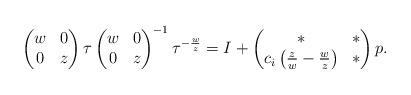
LaTeX: \begin{align*}\begin{pmatrix} w & 0 \\ 0 & z \end{pmatrix} \tau \begin{pmatrix} w & 0 \\ 0 & z \end{pmatrix}^{-1} \tau^{-\frac{w}{z}} = I + \begin{pmatrix} * & * \\ c_i \left( \frac{z}{w} - \frac{w}{z} \right) & * \end{pmatrix} p.\end{align*}